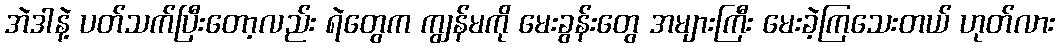
အဲဒါနဲ့ ပတ်သက်ပြီးတော့လည်း ရဲတွေက ကျွန်မကို မေးခွန်းတွေ အများကြီး မေးခဲ့ကြသေးတယ် ဟုတ်လား